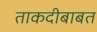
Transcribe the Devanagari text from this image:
ताकदीबाबत